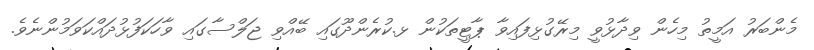
މެންބަރު އަމީތު މިހެން ވިދާޅުވީ މިރޭގުޅިފައިވާ ޕާޓީތަކުން ޅ.ކުރެންދޫގައި ބޭއްވި ޖަލްސާގައި ވާހަކަފުޅުދައްކަވަމުންނެވެ.